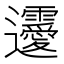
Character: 𨙤